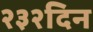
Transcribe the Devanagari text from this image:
२३२दिन